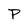
Character: P